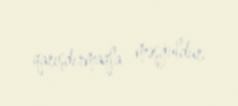
qarışdırmaqla məşğuldur.